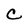
Character: C